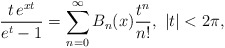
\begin{align*}\frac{t\,e^{xt}}{e^{t}-1}=\sum_{n=0}^{\infty}B_{n}(x)\frac{t^{n}}{n!}, \,\, |t|<2\pi,\end{align*}